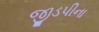
જીડપીના